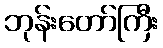
ဘုန်းတော်ကြီး